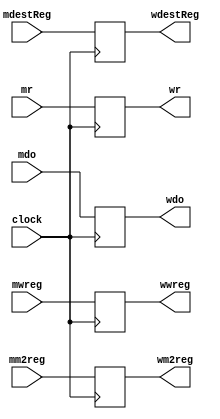
`timescale 1ns / 1ps

module MEMWBPipelineRegister(
input mwreg,
input mm2reg,
input [4:0] mdestReg,
input [31:0] mr,
input [31:0] mdo,
input clock,

output reg wwreg,
output reg wm2reg,
output reg [4:0] wdestReg,
output reg [31:0] wr,
output reg [31:0] wdo);

 always @(posedge clock) begin
        wwreg <= mwreg;
        wm2reg <= mm2reg;
        wdestReg <= mdestReg;
        wr <= mr;
        wdo <= mdo;
    end
endmodule